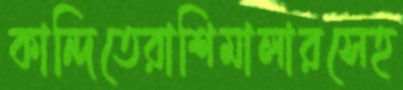
কান্দিতেরাশিমালারসেহ